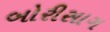
બોરીસાગ